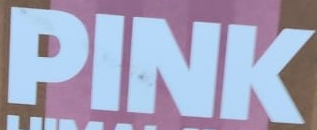
PINK